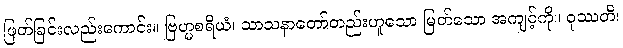
ဖြတ်ခြင်းလည်းကောင်း။ ဗြဟ္မစရိယံ၊ သာသနာတော်တည်းဟူသော မြတ်သော အကျင့်ကို။ ဝုဿတိ၊